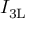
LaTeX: \, I _ { \mathrm { { 3 L } } }